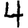
Digit: 4